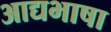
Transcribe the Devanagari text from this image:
आद्यभाषा